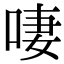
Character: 啛